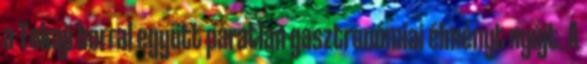
a Tokaji borral együtt páratlan gasztronómiai élményt nyújt. A